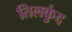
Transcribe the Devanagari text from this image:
तिलकुंद